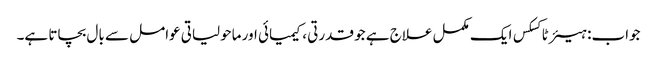
جواب: ہیئر ٹاکسکس ایک مکمل علاج ہے جو قدرتی ، کیمیائی اور ماحولیاتی عوامل سے بال بچاتا ہے۔